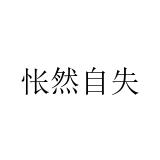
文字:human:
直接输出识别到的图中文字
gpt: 怅然自失